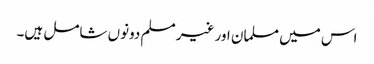
اس میں مسلمان اور غیر مسلم دونوں شامل ہیں۔